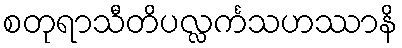
စတုရာသီတိပလ္လင်္ကသဟဿာနိ